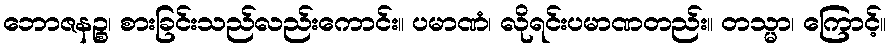
ဘောဇနဉ္စ၊ စားခြင်းသည်လည်းကောင်း။ ပမာဏံ၊ လိုရင်းပမာဏတည်း။ တသ္မာ၊ ကြောင့်။